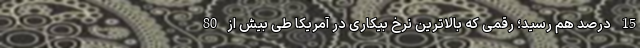
15 درصد هم رسید؛ رقمی که بالاترین نرخ بیکاری در آمریکا طی بیش از 80